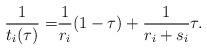
LaTeX: \begin{align*}\frac{1}{t_i(\tau)}=& \frac{1}{r_i}(1-\tau) + \frac{1}{r_i+s_i} \tau.\end{align*}